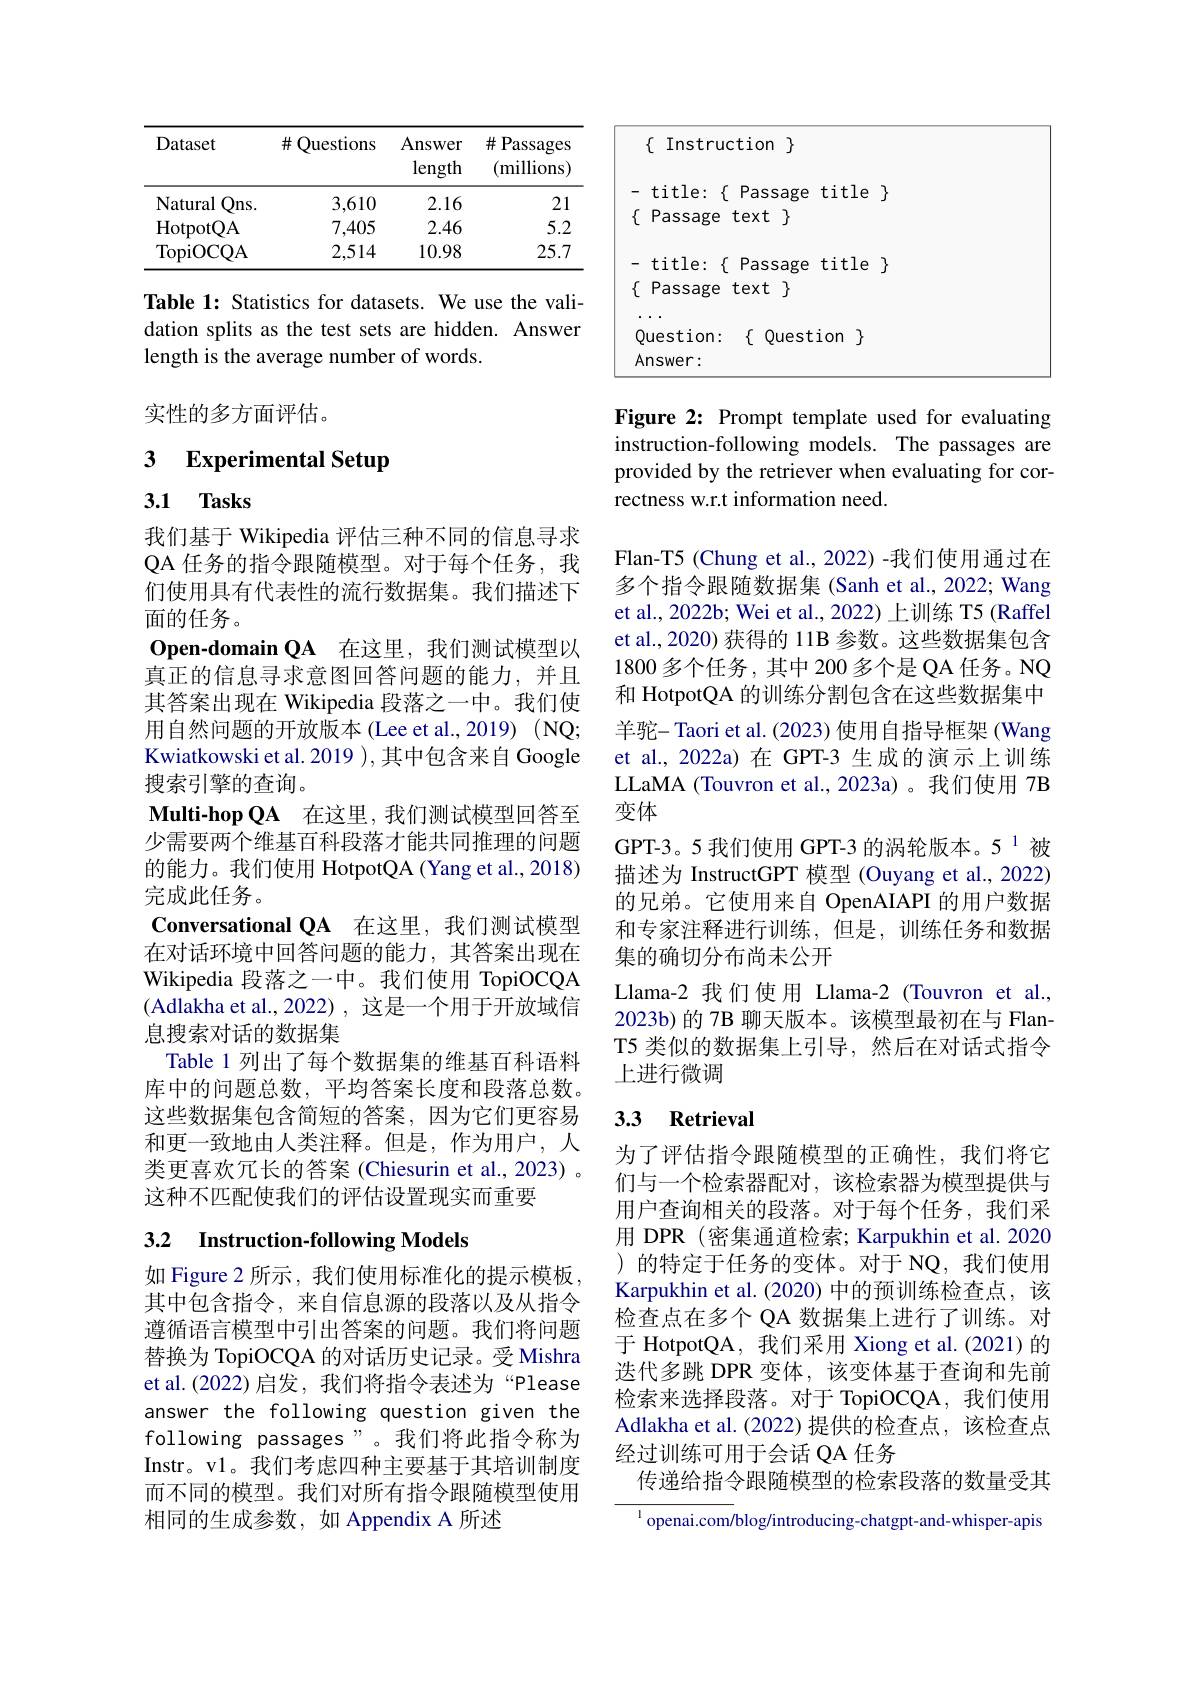
<table>
	<tbody>
		<tr>
			<th>Dataset</th>
			<th>Questions 井</th>
			<th>Answer length</th>
			<th>$\#$Passages (millions)</th>
		</tr>
		<tr>
			<td>Natural $Qns.$</td>
			<td>3,610</td>
			<td>2.16</td>
			<td>21</td>
		</tr>
		<tr>
			<td>HotpotQA</td>
			<td>7,405</td>
			<td>2.46</td>
			<td>5.2</td>
		</tr>
		<tr>
			<td>TopiOCQA</td>
			<td>2,514</td>
			<td>10.98</td>
			<td>25.7</td>
		</tr>
	</tbody>
</table>

Table 1: Statistics for datasets. We use the validation splits as the test sets are hidden. Answer length is the average number of words.

实性的多方面评估。

## 3 $\textbf{Experimental Setup}$

## 3.1 $\mathbf{Tasks}$

我们基于 Wikipedia 评估三种不同的信息寻求QA 任务的指令跟随模型。对于每个任务，我们使用具有代表性的流行数据集。我们描述下面的任务。
$\mathbf{O}$pen-domain QA 在这里，我们测试模型以真正的信息寻求意图回答问题的能力，并且其答案出现在 Wikipedia 段落之一中。我们使用自然问题的开放版本(Lee et al.,2019)(NQ; Kwiatkowski et al. 2019 ),其中包含来自 Google 搜索引擎的查询。
$\textbf{Multi- hop QA}$ 在这里，我们测试模型回答至少需要两个维基百科段落才能共同推理的问题的能力。我们使用 HotpotQA (Yang et al., 2018) 完成此任务。
Conversational QA 在这里，我们测试模型在对话环境中回答问题的能力，其答案出现在Wikipedia 段落之一中。我们使用 TopiOCQA (Adlakha et al.,2022),这是一个用于开放域信息搜索对话的数据集
Table 1 列出了每个数据集的维基百科语料库中的问题总数，平均答案长度和段落总数。这些数据集包含简短的答案，因为它们更容易和更一致地由人类注释。但是，作为用户，人类更喜欢冗长的答案(Chiesurin et al., 2023) 。这种不匹配使我们的评估设置现实而重要

# 3.2 Instruction-following Models

如 Figure 2 所示 , 我们使用标准化的提示模板其中包含指令，来自信息源的段落以及从指令遵循语言模型中引出答案的问题。我们将问题替换为 TopiOCQA 的对话历史记录。受 Mishra et al.(2022) 启发，我们将指令表述为“Please answer the following question given the following passages"。我们将此指令称为Instr。vl。我们考虑四种主要基于其培训制度而不同的模型。我们对所有指令跟随模型使用相同的生成参数，如 Appendix A 所述

<table>
	<tbody>
		<tr>
			<td> </td>
			<td>$\{$Instruction$\}$</td>
			<td> </td>
		</tr>
		<tr>
			<td> </td>
			<td>Passage text $\}$</td>
			<td> </td>
		</tr>
		<tr>
			<td> </td>
			<td>Passage text $\}$</td>
			<td> </td>
		</tr>
	</tbody>
</table>

Figure 2: Prompt template used for evaluating instruction-following models. The passages are provided by the retriever when evaluating for correctness w.r.t information need.

Flan-T5 (Chung et al., 2022) -我们使用通过在多个指令跟随数据集 (Sanh et al., 2022; Wang et al., 2022b; Wei et al., 2022) 上训练 T5 (Raffel et al., 2020) 获得的 11B 参数。这些数据集包含1800多个任务，其中 200 多个是 QA 任务。NQ 和 HotpotQA 的训练分割包含在这些数据集中羊驼- Taori et al. (2023) 使用自指导框架 (Wang et al.,2022a)在 GPT-3 生成的演示上训练LLaMA (Touvron et al.,2023a)。我们使用 7B 变体
GPT-3。5 我们使用 GPT-3 的涡轮版本。5 1 被描述为 InstructGPT 模型 (Ouyang et al., 2022) 的兄弟。它使用来自 OpenAIAPI 的用户数据和专家注释进行训练，但是，训练任务和数据集的确切分布尚未公开
Llama-2 我们使用 Llama-2 (Touvron et al., 2023b)的 7B 聊天版本。该模型最初在与 FlanT5 类似的数据集上引导，然后在对话式指令上进行微调

### 3.3 Retrieval

为了评估指令跟随模型的正确性，我们将它们与一个检索器配对，该检索器为模型提供与用户查询相关的段落。对于每个任务，我们采用 DPR (密集通道检索；Karpukhin et al.2020 )的特定于任务的变体。对于 NQ,我们使用Karpukhin et al.(2020) 中的预训练检查点，该检查点在多个 QA 数据集上进行了训练。对于 HotpotQA, 我们采用 Xiong et al.(2021)的迭代多跳 DPR 变体，该变体基于查询和先前检索来选择段落。对于 TopiOCQA,我们使用Adlakha et al.(2022)提供的检查点，该检查点经过训练可用于会话 QA 任务
传递给指令跟随模型的检索段落的数量受其

$^{\mathrm{l}}$ openai.com/blog/introducing-chatgpt-and-whisper-apis